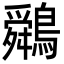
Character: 䴄